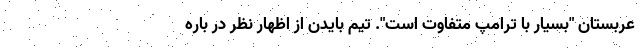
عربستان "بسیار با ترامپ متفاوت است". تیم بایدن از اظهار نظر در باره